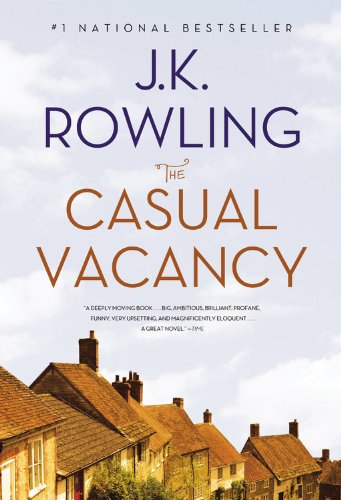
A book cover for The Casual Vacancy; J. K. Rowling; Literature & Fiction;